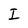
Character: I